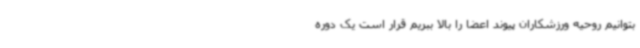
بتوانیم روحیه ورزشکاران پیوند اعضا را بالا ببریم قرار است یک دوره